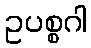
ဥပစ္စဂါ